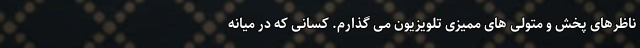
ناظرهای پخش و متولی های ممیزی تلویزیون می گذارم. کسانی که در میانه